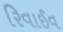
રિવાઈવ